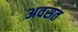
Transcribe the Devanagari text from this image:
अवसत